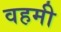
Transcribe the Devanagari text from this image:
वहमी